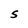
Character: S